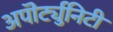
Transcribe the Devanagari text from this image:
अपॊर्ट्युनिटी